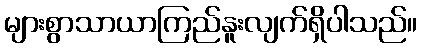
များစွာသာယာကြည်နူးလျက်ရှိပါသည်။